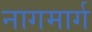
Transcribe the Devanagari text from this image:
नागमार्ग